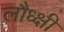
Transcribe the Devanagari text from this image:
लौध्क्षी